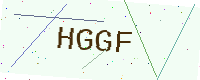
Text: HGGF